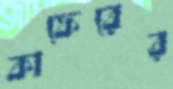
কাফেরের